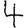
Digit: 4